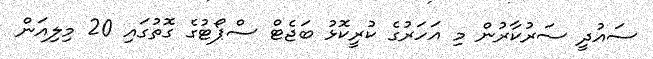
ސައުދީ ސަރުކާރުން މި އަހަރުގެ ކުރީކޮޅު ބަޖެޓް ސްޕޯޓުގެ ގޮތުގައި 20 މިލިއަން